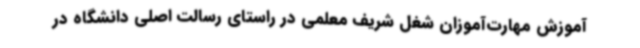
آموزش مهارت‌آموزان شغل شریف معلمی در راستای رسالت اصلی دانشگاه در